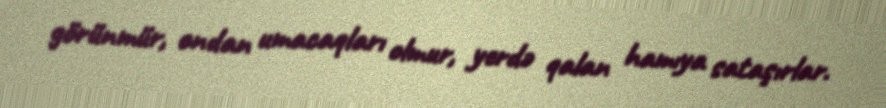
görünmür, ondan umacaqları olmur, yerdə qalan hamıya sataşırlar.